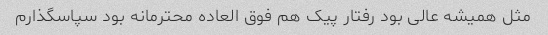
مثل همیشه عالی بود رفتار پیک هم فوق العاده محترمانه بود سپاسگذارم